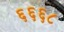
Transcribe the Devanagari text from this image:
६६६८